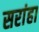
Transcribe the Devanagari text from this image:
सरांहा